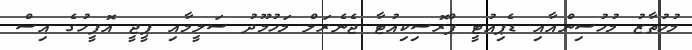
މުހުތާޒު މުހުސިންއާއި ޑެޕިއުޓީ ޕްރޮސިކިއުޓާ ޖެެނެރަލް މަހުމޫދު ސަލީމާއި ޕީޖީ އޮފީހުގެ އިސް